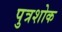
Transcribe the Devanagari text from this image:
पुत्रशोक